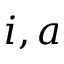
i , a